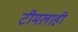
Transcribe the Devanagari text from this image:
टीमलाही